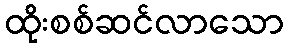
ထိုးစစ်ဆင်လာသော